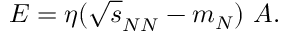
E = \eta ( \sqrt { s } _ { N N } - m _ { N } ) ~ A .